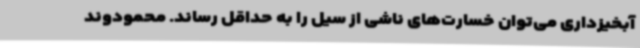
آبخیزداری می‌توان خسارت‌های ناشی از سیل را به حداقل رساند. محمودوند